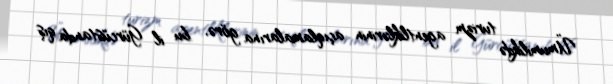
Ümumilikdə turizm agentliklərinin açıqlamalarına görə, bu il Gürcüstanda qış